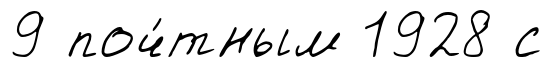
9 поч́тным 1928 с